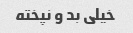
خیلی بد و نپخته